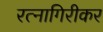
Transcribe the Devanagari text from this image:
रत्‍नागिरीकर